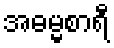
အဓမ္မစာရီ